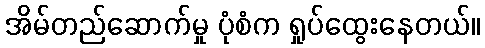
အိမ်တည်ဆောက်မှု ပုံစံက ရှုပ်ထွေးနေတယ်။